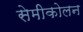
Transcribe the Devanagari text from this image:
सेमीकोलन